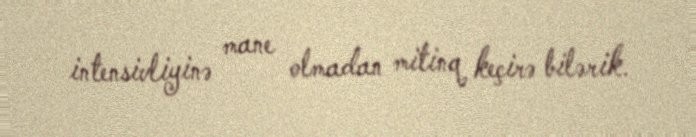
intensivliyinə mane olmadan mitinq keçirə bilərik.